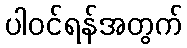
ပါဝင်ရန်အတွက်